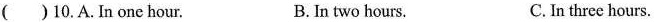
( )10.A. In one hour. B. In two hours. C.In three hours.